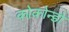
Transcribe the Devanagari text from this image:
कोकोन्डो